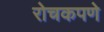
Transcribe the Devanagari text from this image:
रोचकपणे